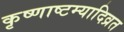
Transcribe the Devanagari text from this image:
कृष्णाष्टम्यादिव्रत